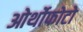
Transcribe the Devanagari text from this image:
ओर्थोफोटो